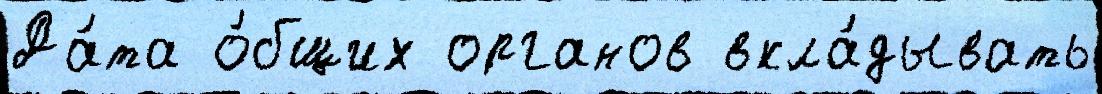
Да́та о́бщих органов вкла́дывать